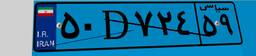
۵۰D۷۲۴۵۹